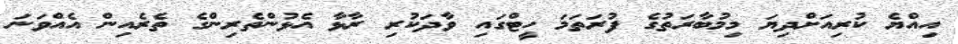
އިއްޔެ ކުރިއަށްދިޔަ މިމުބާރަތުގެ ފުރަތަމަ ހީޓްގައި ވާދަކުރި ރާޅާ އެޅުންތެރިންގެ ތެރެއިން އެއްވަނަ